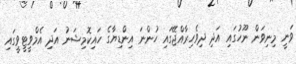
ވަނީ މިނިވަން ނޫހުގައި އަދި ދިވެހިރާއްޖޭގައި ހުންނަ އިންޑިޔާގެ ހައިކޮމިޝަނު އަދި އެމްވީޓީވީގައި